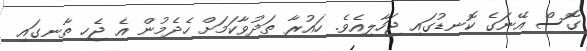
ގޮސް އޭނަގެ ކޮނޑުގައި ޖަހާލިއެވެ. ހައުރާ ތަދުވާކަމަށް ހެދެމުން އެ ޖެހި ތާނގައި